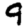
Digit: 9